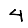
Digit: 4